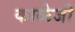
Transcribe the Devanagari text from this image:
काळेजी